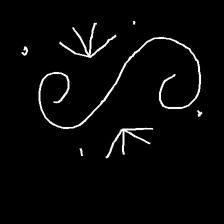
Glyph: aeroform